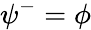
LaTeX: \psi^{-}=\phi